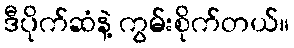
ဒီပိုက်ဆံနဲ့ ကွမ်းစိုက်တယ်။